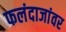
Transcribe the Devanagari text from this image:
फलंदाजांवर